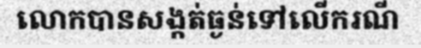
លោកបានសង្កត់ធ្ងន់ទៅលើករណី